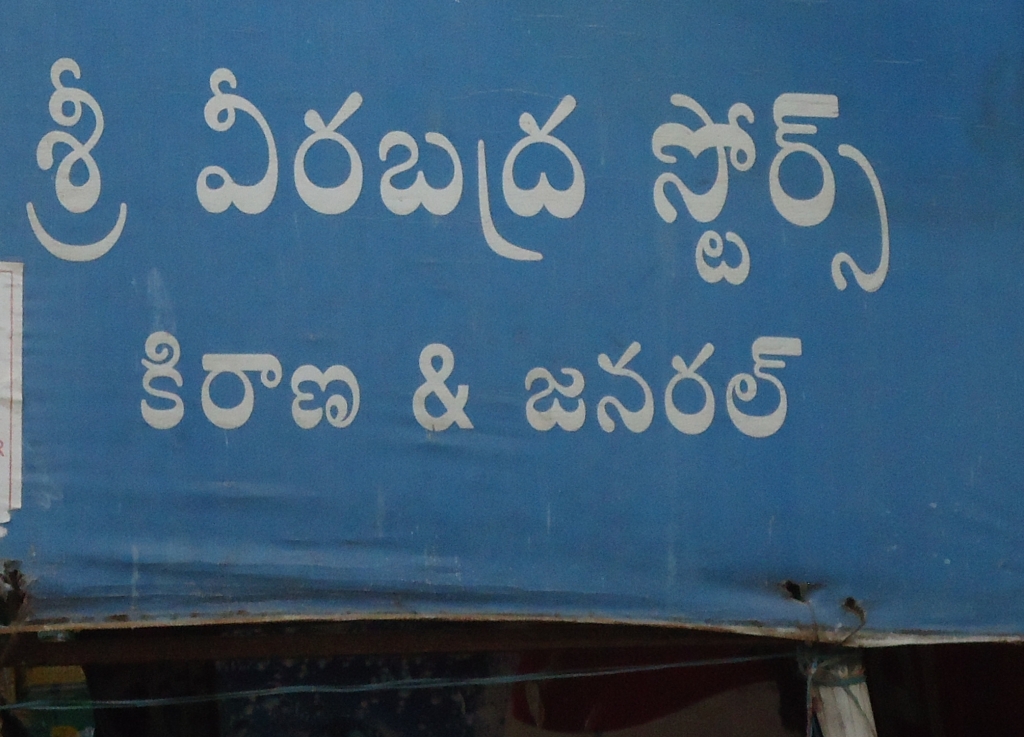
Language: telugu
Transcription: వీరబద్ర స్టోర్స్ కిరాణ శ్రీ